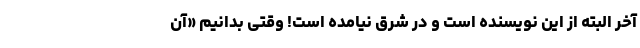
آخر البته از این نویسنده است و در شرق نیامده است! وقتی بدانیم «آن